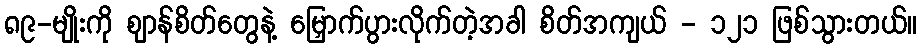
၈၉-မျိုးကို ဈာန်စိတ်တွေနဲ့ မြှောက်ပွားလိုက်တဲ့အခါ စိတ်အကျယ် - ၁၂၁ ဖြစ်သွားတယ်။